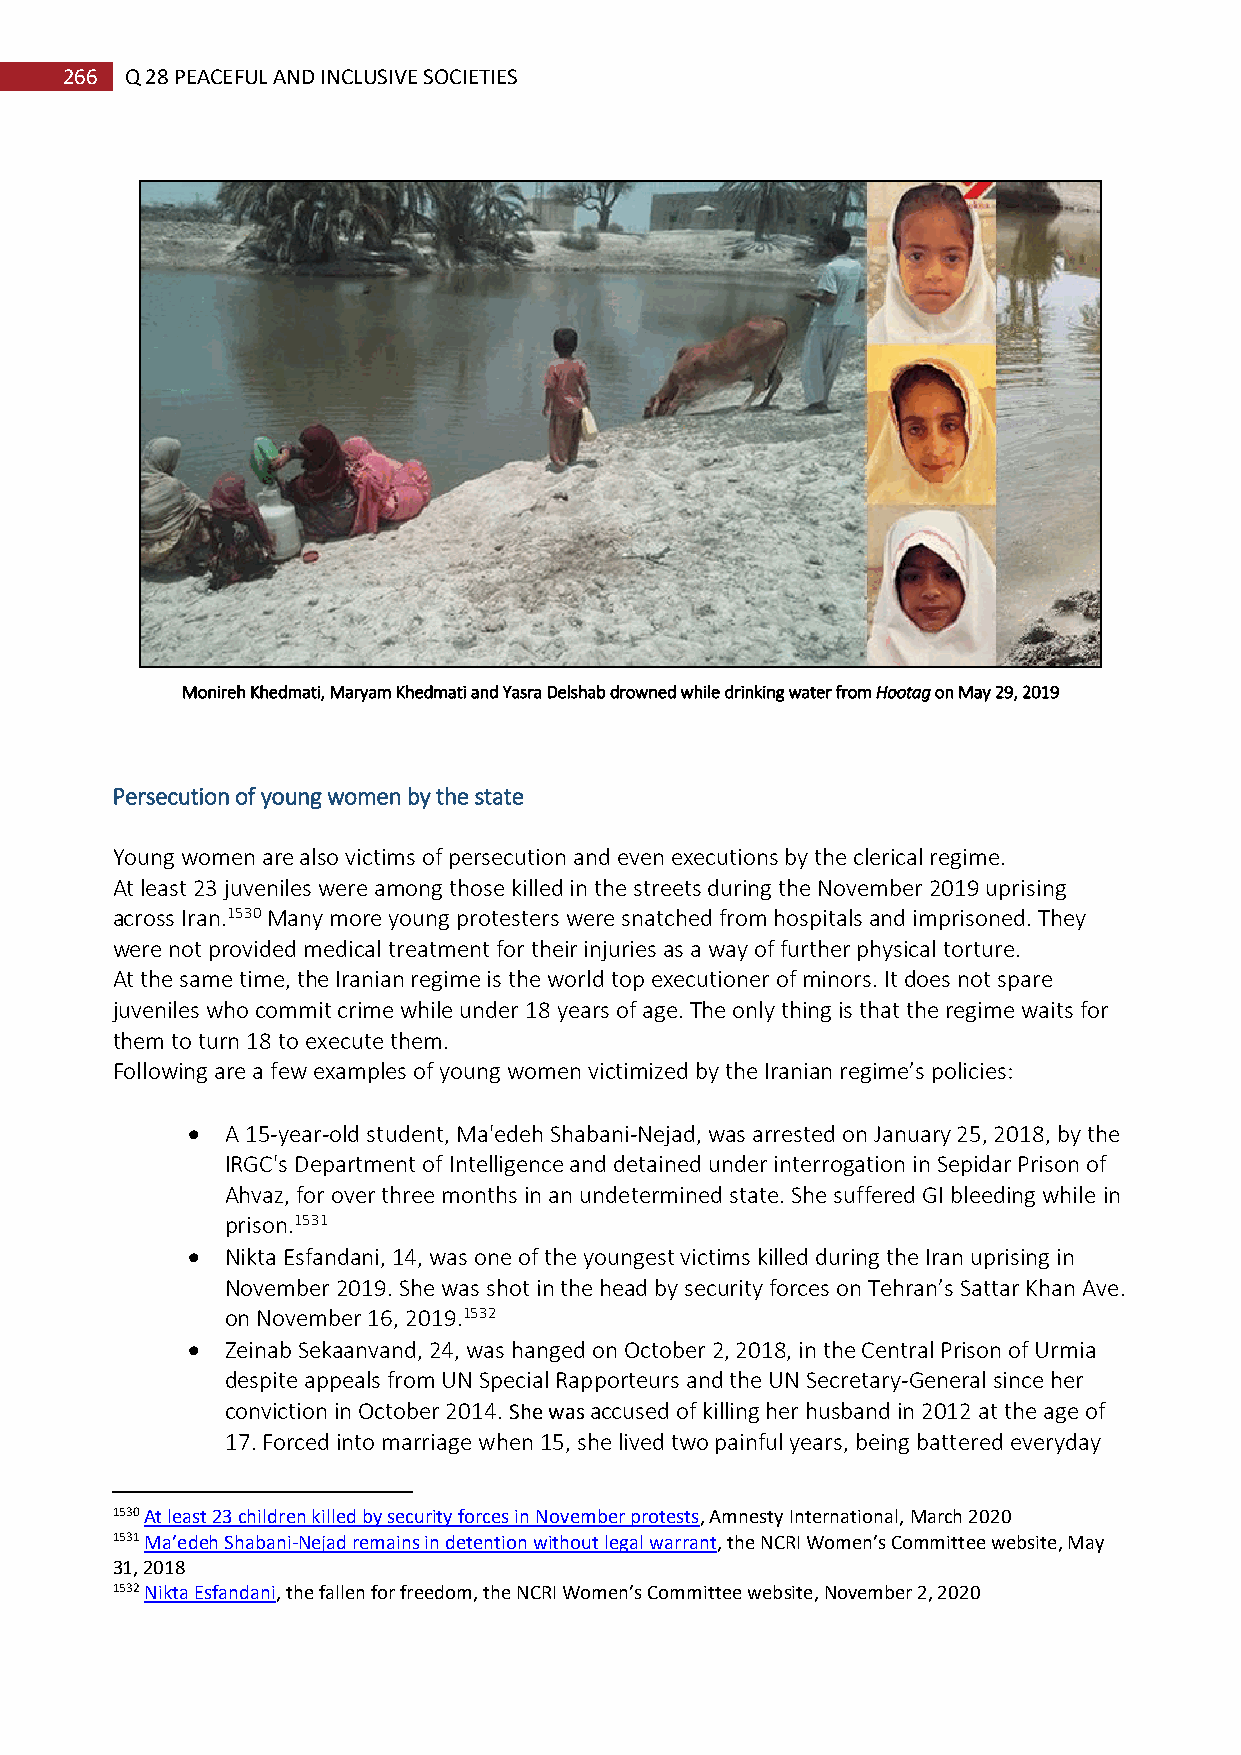
266 Q 28 PEACEFUL AND INCLUSIVE SOCIETIES
 Monireh Khedmati, Maryam Khedmati and Yasra Delshab drowned while drinking water from Hootag on May 29, 2019
 Persecution of young women by the state
 Young women are also victims of persecution and even executions by the clerical regime.
 At least 23 juveniles were among those killed in the streets during the November 2019 uprising
 across Iran.1530 Many more young protesters were snatched from hospitals and imprisoned. They
 were not provided medical treatment for their injuries as a way of further physical torture.
 At the same time, the Iranian regime is the world top executioner of minors. It does not spare
 juveniles who commit crime while under 18 years of age. The only thing is that the regime waits for
 them to turn 18 to execute them.
 Following are a few examples of young women victimized by the Iranian regime’s policies:
   A 15-year-old student, Ma'edeh Shabani-Nejad, was arrested on January 25, 2018, by the
 IRGC's Department of Intelligence and detained under interrogation in Sepidar Prison of
 Ahvaz, for over three months in an undetermined state. She suffered GI bleeding while in
 prison.1531
   Nikta Esfandani, 14, was one of the youngest victims killed during the Iran uprising in
 November 2019. She was shot in the head by security forces on Tehran’s Sattar Khan Ave.
 on November 16, 2019.1532
   Zeinab Sekaanvand, 24, was hanged on October 2, 2018, in the Central Prison of Urmia
 despite appeals from UN Special Rapporteurs and the UN Secretary-General since her
 conviction in October 2014. She was accused of killing her husband in 2012 at the age of
 17. Forced into marriage when 15, she lived two painful years, being battered everyday
 1530 At least 23 children killed by security forces in November protests, Amnesty International, March 2020
 1531 Ma’edeh Shabani-Nejad remains in detention without legal warrant, the NCRI Women’s Committee website, May
 31, 2018
 1532 Nikta Esfandani, the fallen for freedom, the NCRI Women’s Committee website, November 2, 2020